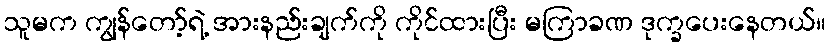
သူမက ကျွန်တော့်ရဲ့ အားနည်းချက်ကို ကိုင်ထားပြီး မကြာခဏ ဒုက္ခပေးနေတယ်။